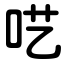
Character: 呓